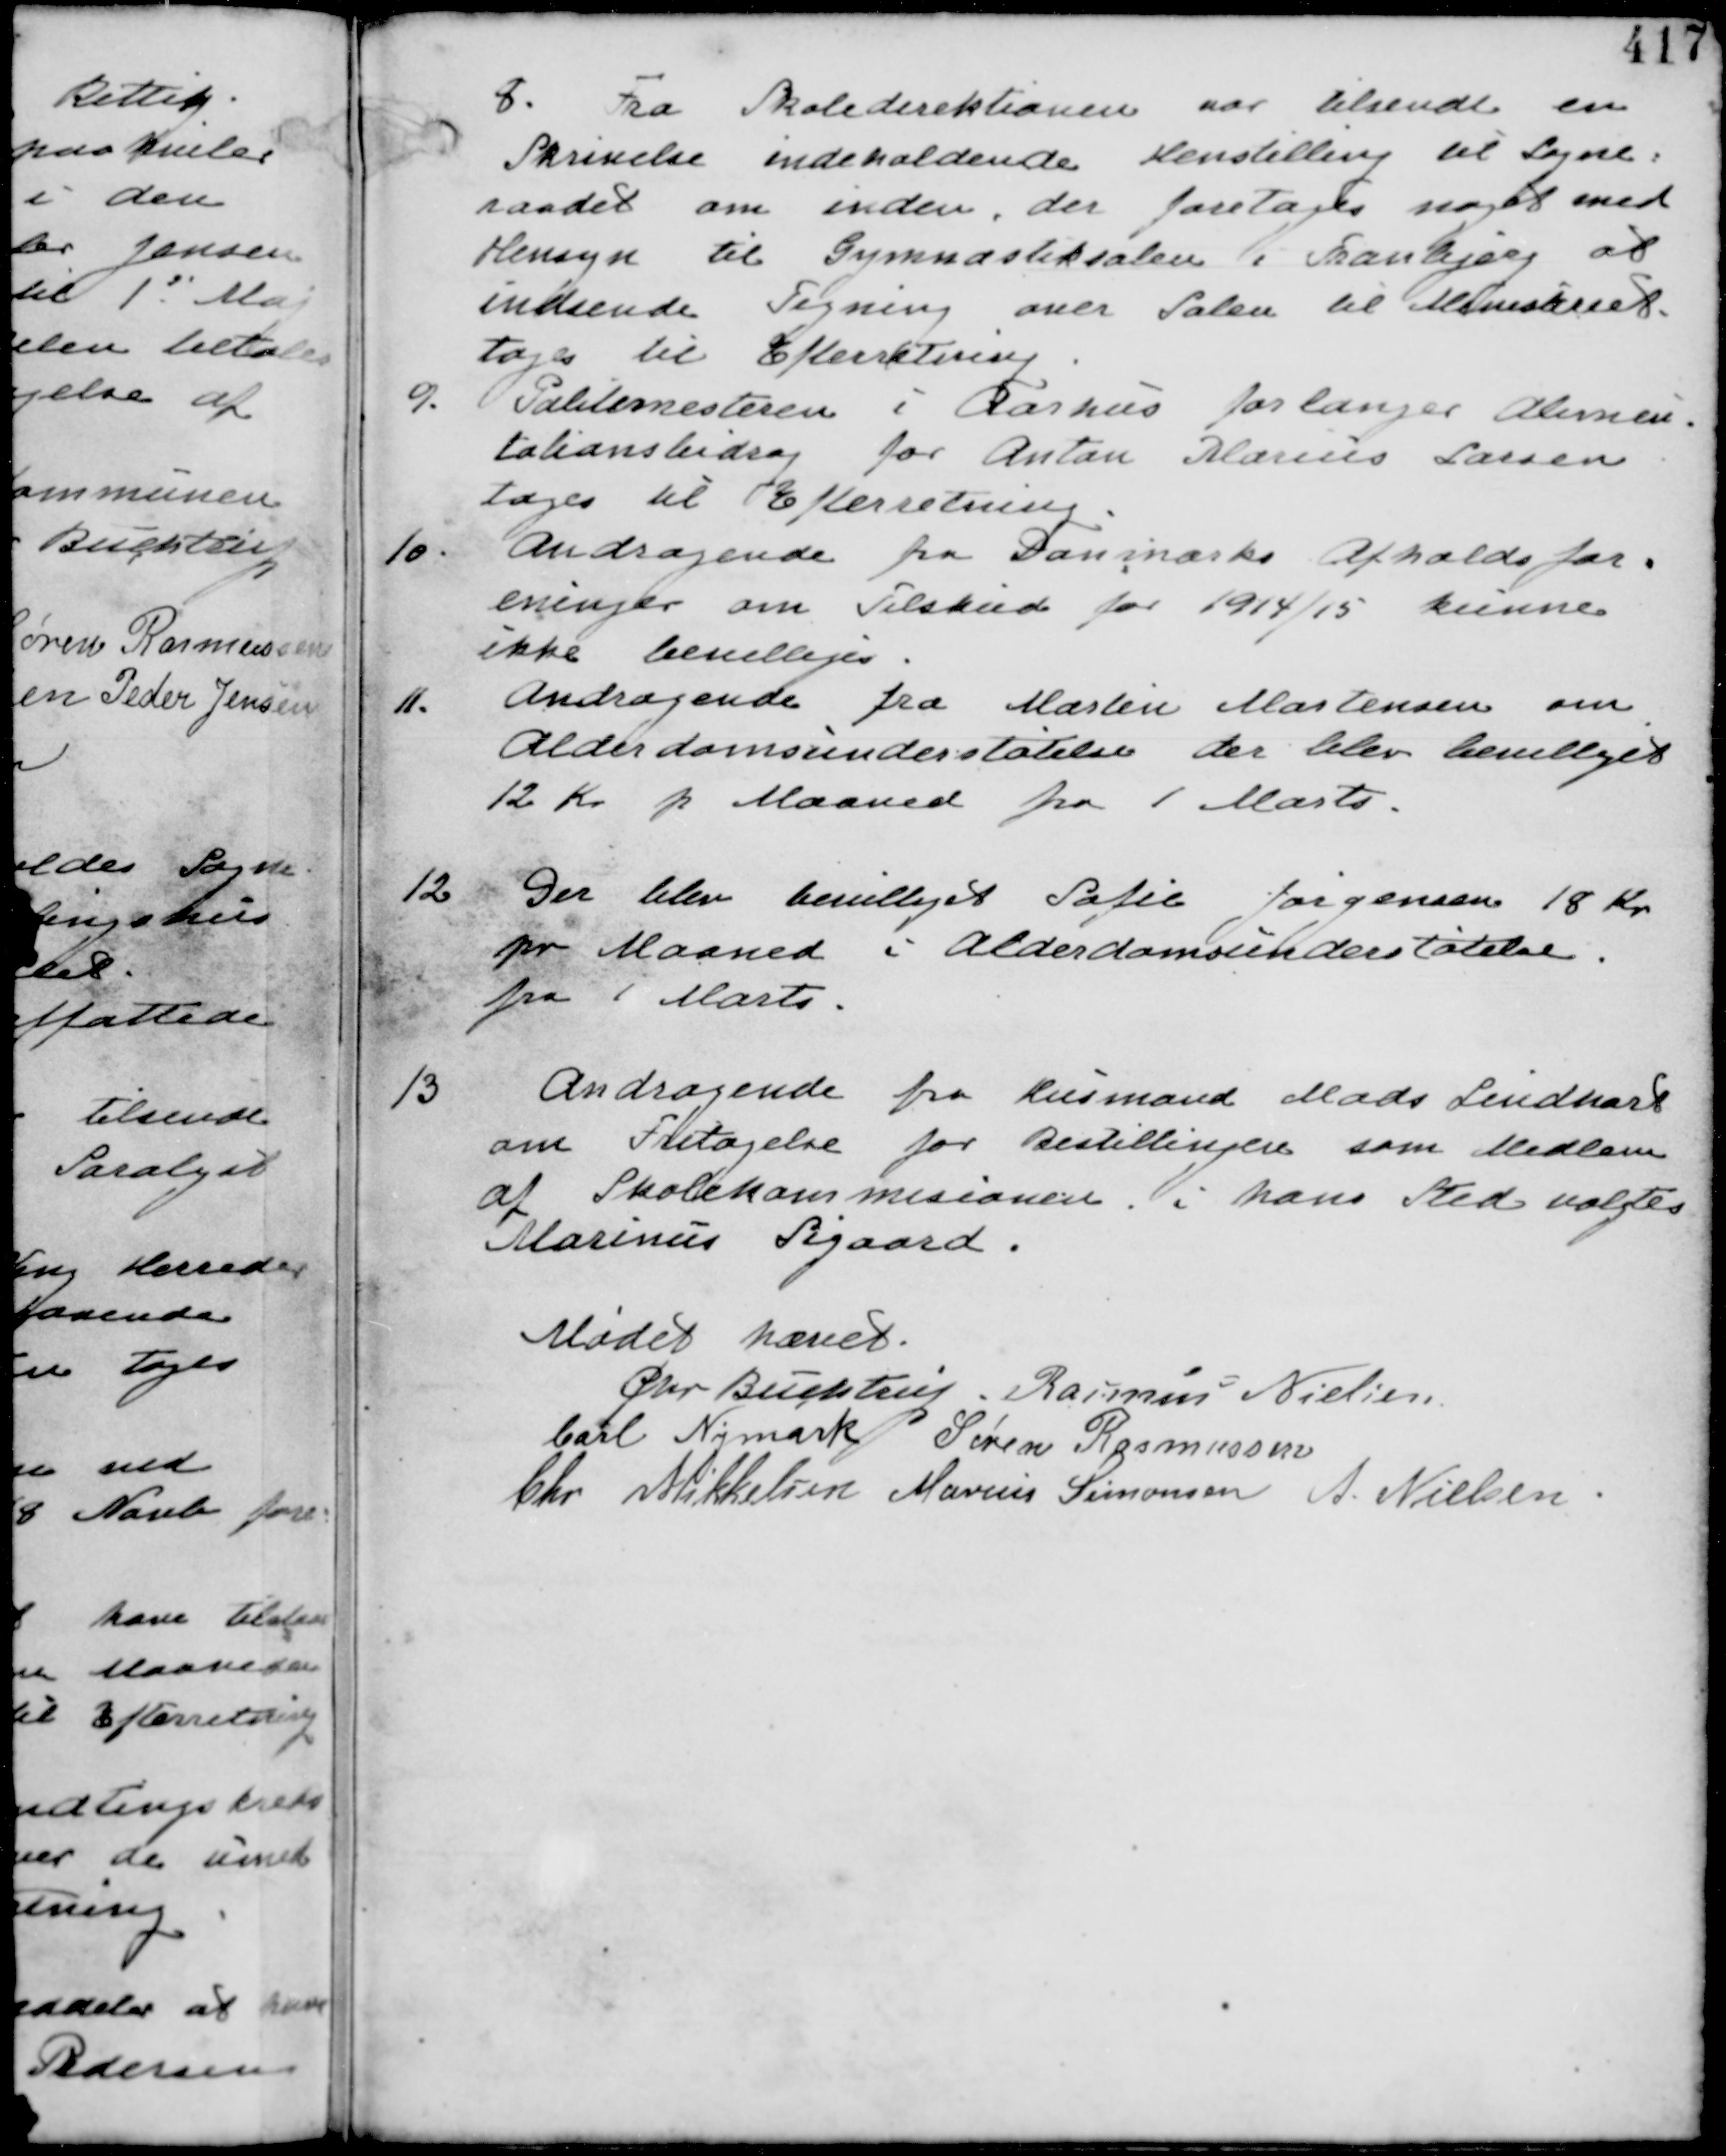
Transskription:
8. Fra Skoledirektionen er tilsendt en
Skrivelse indeholdende Henstilling til Sogne-
raadet om inden der foretages noget med
Hensyn til Gymnastisalen i Tranbjerg at
indsende Tegning over Salen til Ministeriet
tages til Efterretning.

9. Politimesteren i Aarhus forlanger Alumen-
tationsbidrag for Anton Marius Larsen
tages til Efterretning.

10. Andragende fra Danmarks Afholdsfor-
ening om Tilskud for 1914/15 kunne
ikke bevilliges.

11. Andragende fra Martin Mortensen om
Alderdomsunderstøtelse der blev bevilliget
12 Kr p Maaned fra 1 Marts.

12
Der blev bevilliget Sofie Jørgensen 18 Kr
pr Maaned i Alderdomsunderstøtelse
fra 1 Marts

13
Andragende fra Husmand Mads Lindhart
om Fritagelse for Bestillingen som Medlem
af Skolekommisionen i hans Sted valgtes
Marinus Sigaard.

Mødet hævet
Chr Buchtrup. Rasmus Nielsen
Carl Nymark Søren Rasmussen
Chr Mikkelsen Marinus Simonsen A. Nielsen